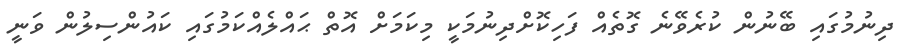
ދިނުމުގައި ބޭނުން ކުރެވޭނެ ގޮތެއް ފަހިކޮށްދިނުމަކީ މިކަމަށް އޮތް ޙައްލެއްކަމުގައި ކައުންސިލުން ވަނީ